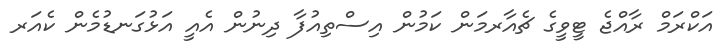
އަކްރަމް ރާއްޖެ ޓީވީގެ ޗެއާރމަން ކަމުން އިސްތިއުފާ ދިނުން އެއީ އަޅުގަނޑުމެން ކެއަރ